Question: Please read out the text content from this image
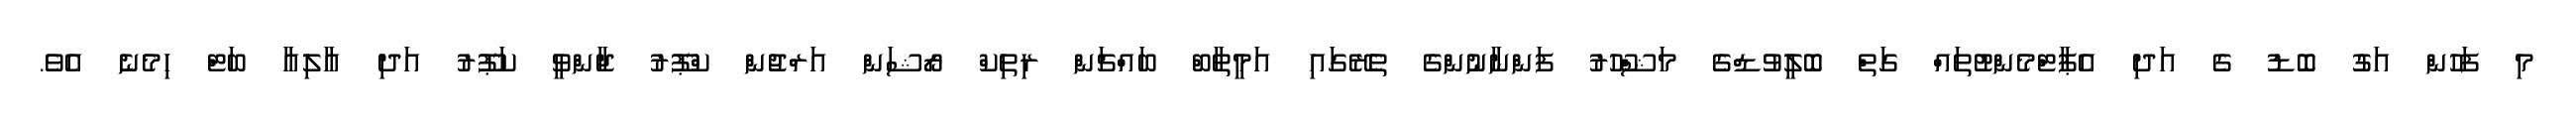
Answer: މި ފަހުން އަގު ބޮޑު ގެ އަދި އެޕާޓްމެންޓުތައް ގަތް ބޮލީވުޑްގެ މަޝްހޫރު ފަންނާނުންގެ ތެރޭގައި އަމީތާބް ބައްޗަން ރިތިކް ރޯޝަން އަރްޖުން ކްޕޫރު ޖާންވީ ކަޕޫރު އަދި އާލިއާ ބަޓް ހިމެނެ އެވެ.